Report on sanitation, dispensaries, and jails in Rajputana for 1917, and on vaccination for the year 1917-1918 - 1917-1918
Year: 1917
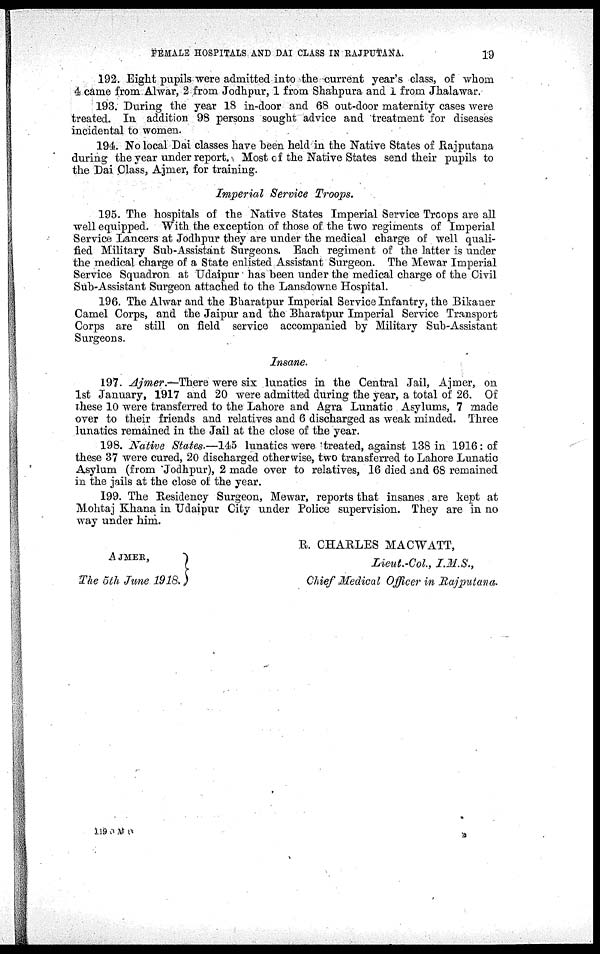
FEMALE HOSPITALS AND DAI CLASS IN RAJPUTANA.
19
192. Eight pupils were admitted into the current year's class, of whom
4 came from Alwar, 2 from Jodhpur, 1 from Shahpura and 1 from Jhalawar.
193. During the year 18 in-door and 68 out-door maternity cases were
treated. In addition 98 persons sought advice and treatment for diseases
incidental to women.
194. No local Dai classes have been held in the Native States of Rajputana
during the year under report. Most of the Native States send their pupils to
the Dai Class, Ajmer, for training.
Imperial Service Troops.
195. The hospitals of the Native States Imperial Service Troops are all
well equipped. With the exception of those of the two regiments of Imperial
Service Lancers at Jodhpur they are under the medical charge of well quali-
fied Military Sub-Assistant Surgeons, Each regiment of the latter is under
the medical charge of a State enlisted Assistant Surgeon. The Mewar Imperial
Service Squadron at Udaipur has been under the medical charge of the Civil
Sub-Assistant Surgeon attached to the Lansdowne Hospital.
196. The Alwar and the Bharatpur Imperial Service Infantry, the Bikaner
Camel Corps, and the Jaipur and the Bharatpur Imperial Service Transport
Corps are still on field service accompanied by Military Sub-Assistant
Surgeons.
Insane.
197. Ajmer.—There were six lunatics in the Central Jail, Ajmer, on
1st January, 1917 and 20 were admitted during the year, a total of 26. Of
these 10 were transferred to the Lahore and Agra Lunatic Asylums, 7 made
over to their friends and relatives and 6 discharged as weak minded. Three
lunatics remained in the Jail at the close of the year.
198. Native States.—145 lunatics were treated, against 138 in 1916: of
these 37 were cured, 20 discharged otherwise, two transferred to Lahore Lunatic
Asylum (from Jodhpur), 2 made over to relatives, 16 died and 68 remained
in the jails at the close of the year.
199. The Residency Surgeon, Mewar, reports that insanes are kept at
Mohtaj Khana in Udaipur City under Police supervision. They are in no
way under him.
AJMER,
The 5th June 1918.
R. CHARLES MACWATT,
Lieut.-Col,
I.M.S.,
Chief Medical Officer in Rajputana.
119 0 M O